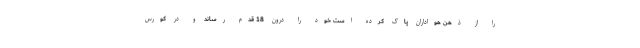
را از ذهن هواداران پاک کرده است خود را درون 18 قدم رساند و در کورس